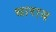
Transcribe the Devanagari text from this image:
धाराय